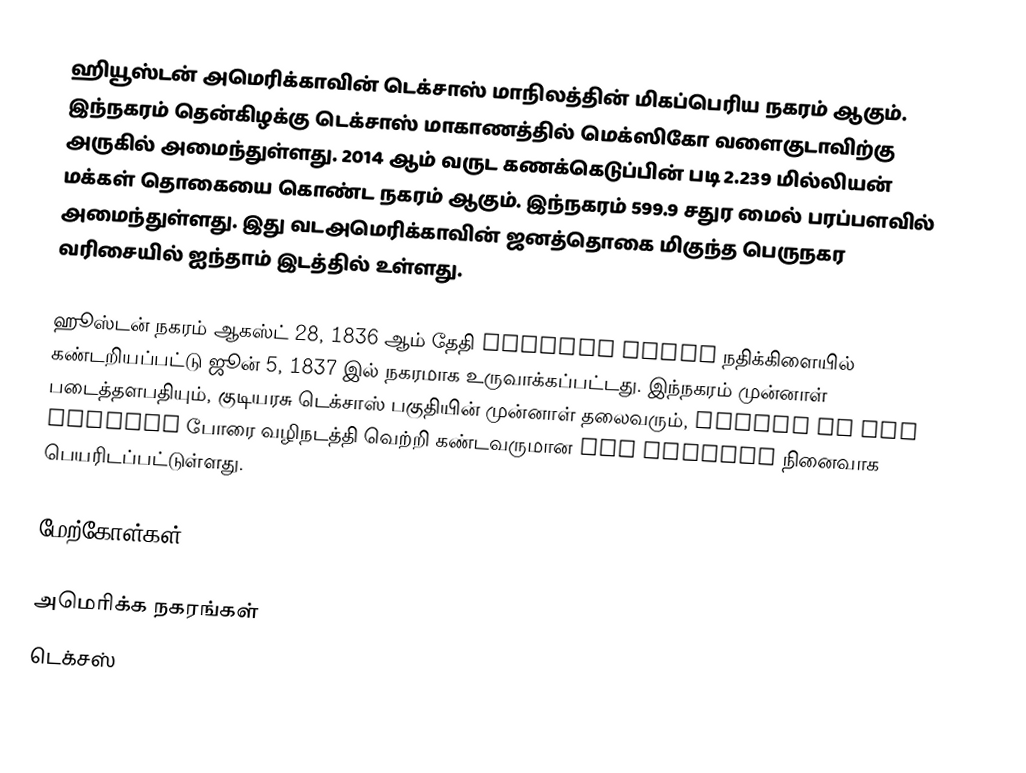
ஹியூஸ்டன் அமெரிக்காவின் டெக்சாஸ் மாநிலத்தின் மிகப்பெரிய நகரம் ஆகும். இந்நகரம் தென்கிழக்கு டெக்சாஸ் மாகாணத்தில் மெக்ஸிகோ வளைகுடாவிற்கு அருகில் அமைந்துள்ளது. 2014 ஆம் வருட கணக்கெடுப்பின் படி 2.239 மில்லியன் மக்கள் தொகையை கொண்ட நகரம் ஆகும். இந்நகரம் 599.9 சதுர மைல் பரப்பளவில் அமைந்துள்ளது. இது வடஅமெரிக்காவின் ஜனத்தொகை மிகுந்த பெருநகர வரிசையில் ஐந்தாம் இடத்தில் உள்ளது.

ஹூஸ்டன் நகரம் ஆகஸ்ட் 28, 1836 ஆம் தேதி Buffalo Bayou நதிக்கிளையில் கண்டறியப்பட்டு ஜூன் 5, 1837 இல் நகரமாக உருவாக்கப்பட்டது. இந்நகரம் முன்னாள் படைத்தளபதியும், குடியரசு டெக்சாஸ் பகுதியின் முன்னாள் தலைவரும், Battle of San Jacinto போரை  வழிநடத்தி வெற்றி கண்டவருமான Sam Houston நினைவாக பெயரிடப்பட்டுள்ளது.

மேற்கோள்கள்

அமெரிக்க நகரங்கள்
டெக்சஸ்